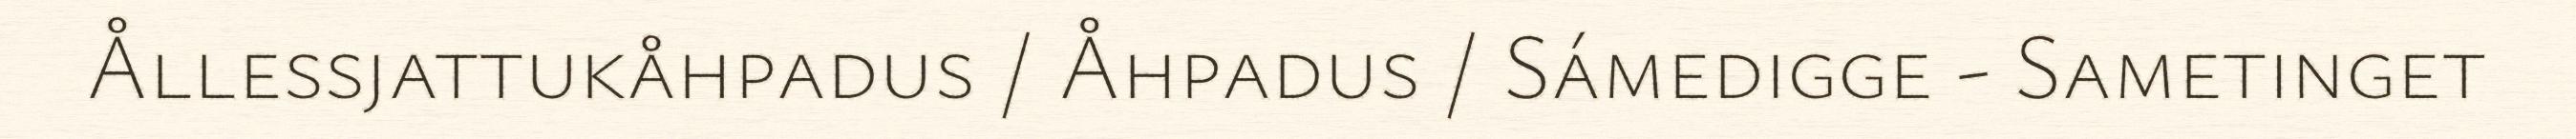
Ållessjattukåhpadus / Åhpadus / Sámedigge - Sametinget